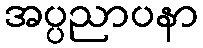
အပ္ပညာပနာ